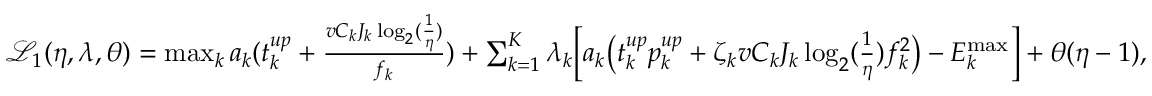
\begin{array} { r l } & { \mathcal { L } _ { 1 } ( \eta , \boldsymbol { \lambda } , \theta ) = \operatorname * { m a x } _ { k } a _ { k } ( t _ { k } ^ { u p } + \frac { v C _ { k } J _ { k } \log _ { 2 } ( \frac { 1 } { \eta } ) } { f _ { k } } ) + \sum _ { k = 1 } ^ { K } \lambda _ { k } \Big [ a _ { k } \big ( t _ { k } ^ { u p } p _ { k } ^ { u p } + \zeta _ { k } v C _ { k } J _ { k } \log _ { 2 } ( \frac { 1 } { \eta } ) f _ { k } ^ { 2 } \big ) - { { E } } _ { k } ^ { \operatorname* { m a x } } \Big ] + \theta ( \eta - 1 ) , } \end{array}